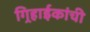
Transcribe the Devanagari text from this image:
गिर्‍हाईकांची